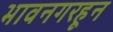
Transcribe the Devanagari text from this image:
भावनगरहून